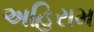
અહિરામ